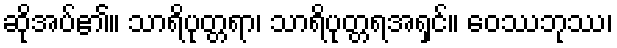
ဆိုအပ်၏။ သာရိပုတ္တရာ၊ သာရိပုတ္တရအရှင်။ ဝေဿဘုဿ၊